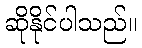
ဆိုနိုင်ပါသည်။